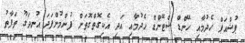
ޕުޝްއަޕް ހެދުމާއި ހޭންޑް ސްޓޭންޑް ހެދުމާއި އަދި އެކިގޮތްގޮތަށް ފުންމުންފަދަ އުނދަގޫ ތަފާތު